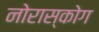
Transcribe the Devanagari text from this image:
नोरास्कोग